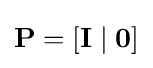
{\mathbf {P} }=[{\mathbf {I} }\;|\;{\mathbf {0} }]